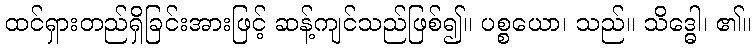
ထင်ရှားတည်ရှိခြင်းအားဖြင့် ဆန့်ကျင်သည်ဖြစ်၍။ ပစ္စယော၊ သည်။ သိဒ္ဓေါ၊ ၏။